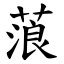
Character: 蒗